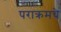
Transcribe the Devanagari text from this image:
पराक्रमचे